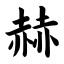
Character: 赫